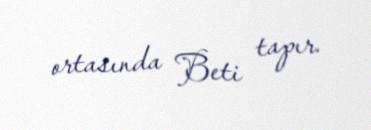
ortasında Beti tapır.